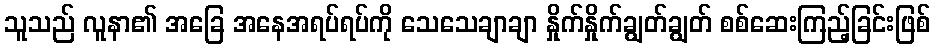
သူသည် လူနာ၏ အခြေ အနေအရပ်ရပ်ကို သေသေချာချာ နှိုက်နှိုက်ချွတ်ချွတ် စစ်ဆေးကြည့်ခြင်းဖြစ်